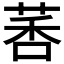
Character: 𫈗